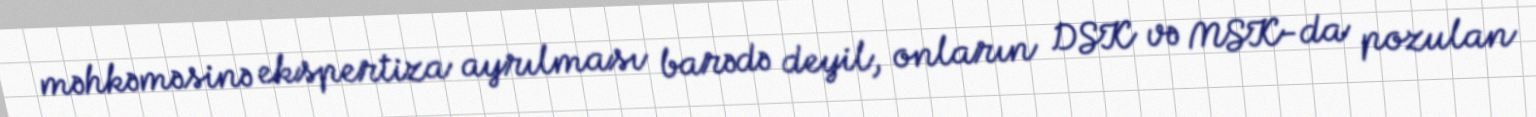
məhkəməsinə ekspertiza ayrılması barədə deyil, onların DSK və MSK-da pozulan